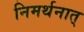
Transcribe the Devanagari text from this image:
निमर्थनात्